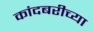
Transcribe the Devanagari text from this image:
कांदबरीच्या